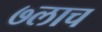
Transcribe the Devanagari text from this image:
७लाच